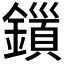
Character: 𮣍